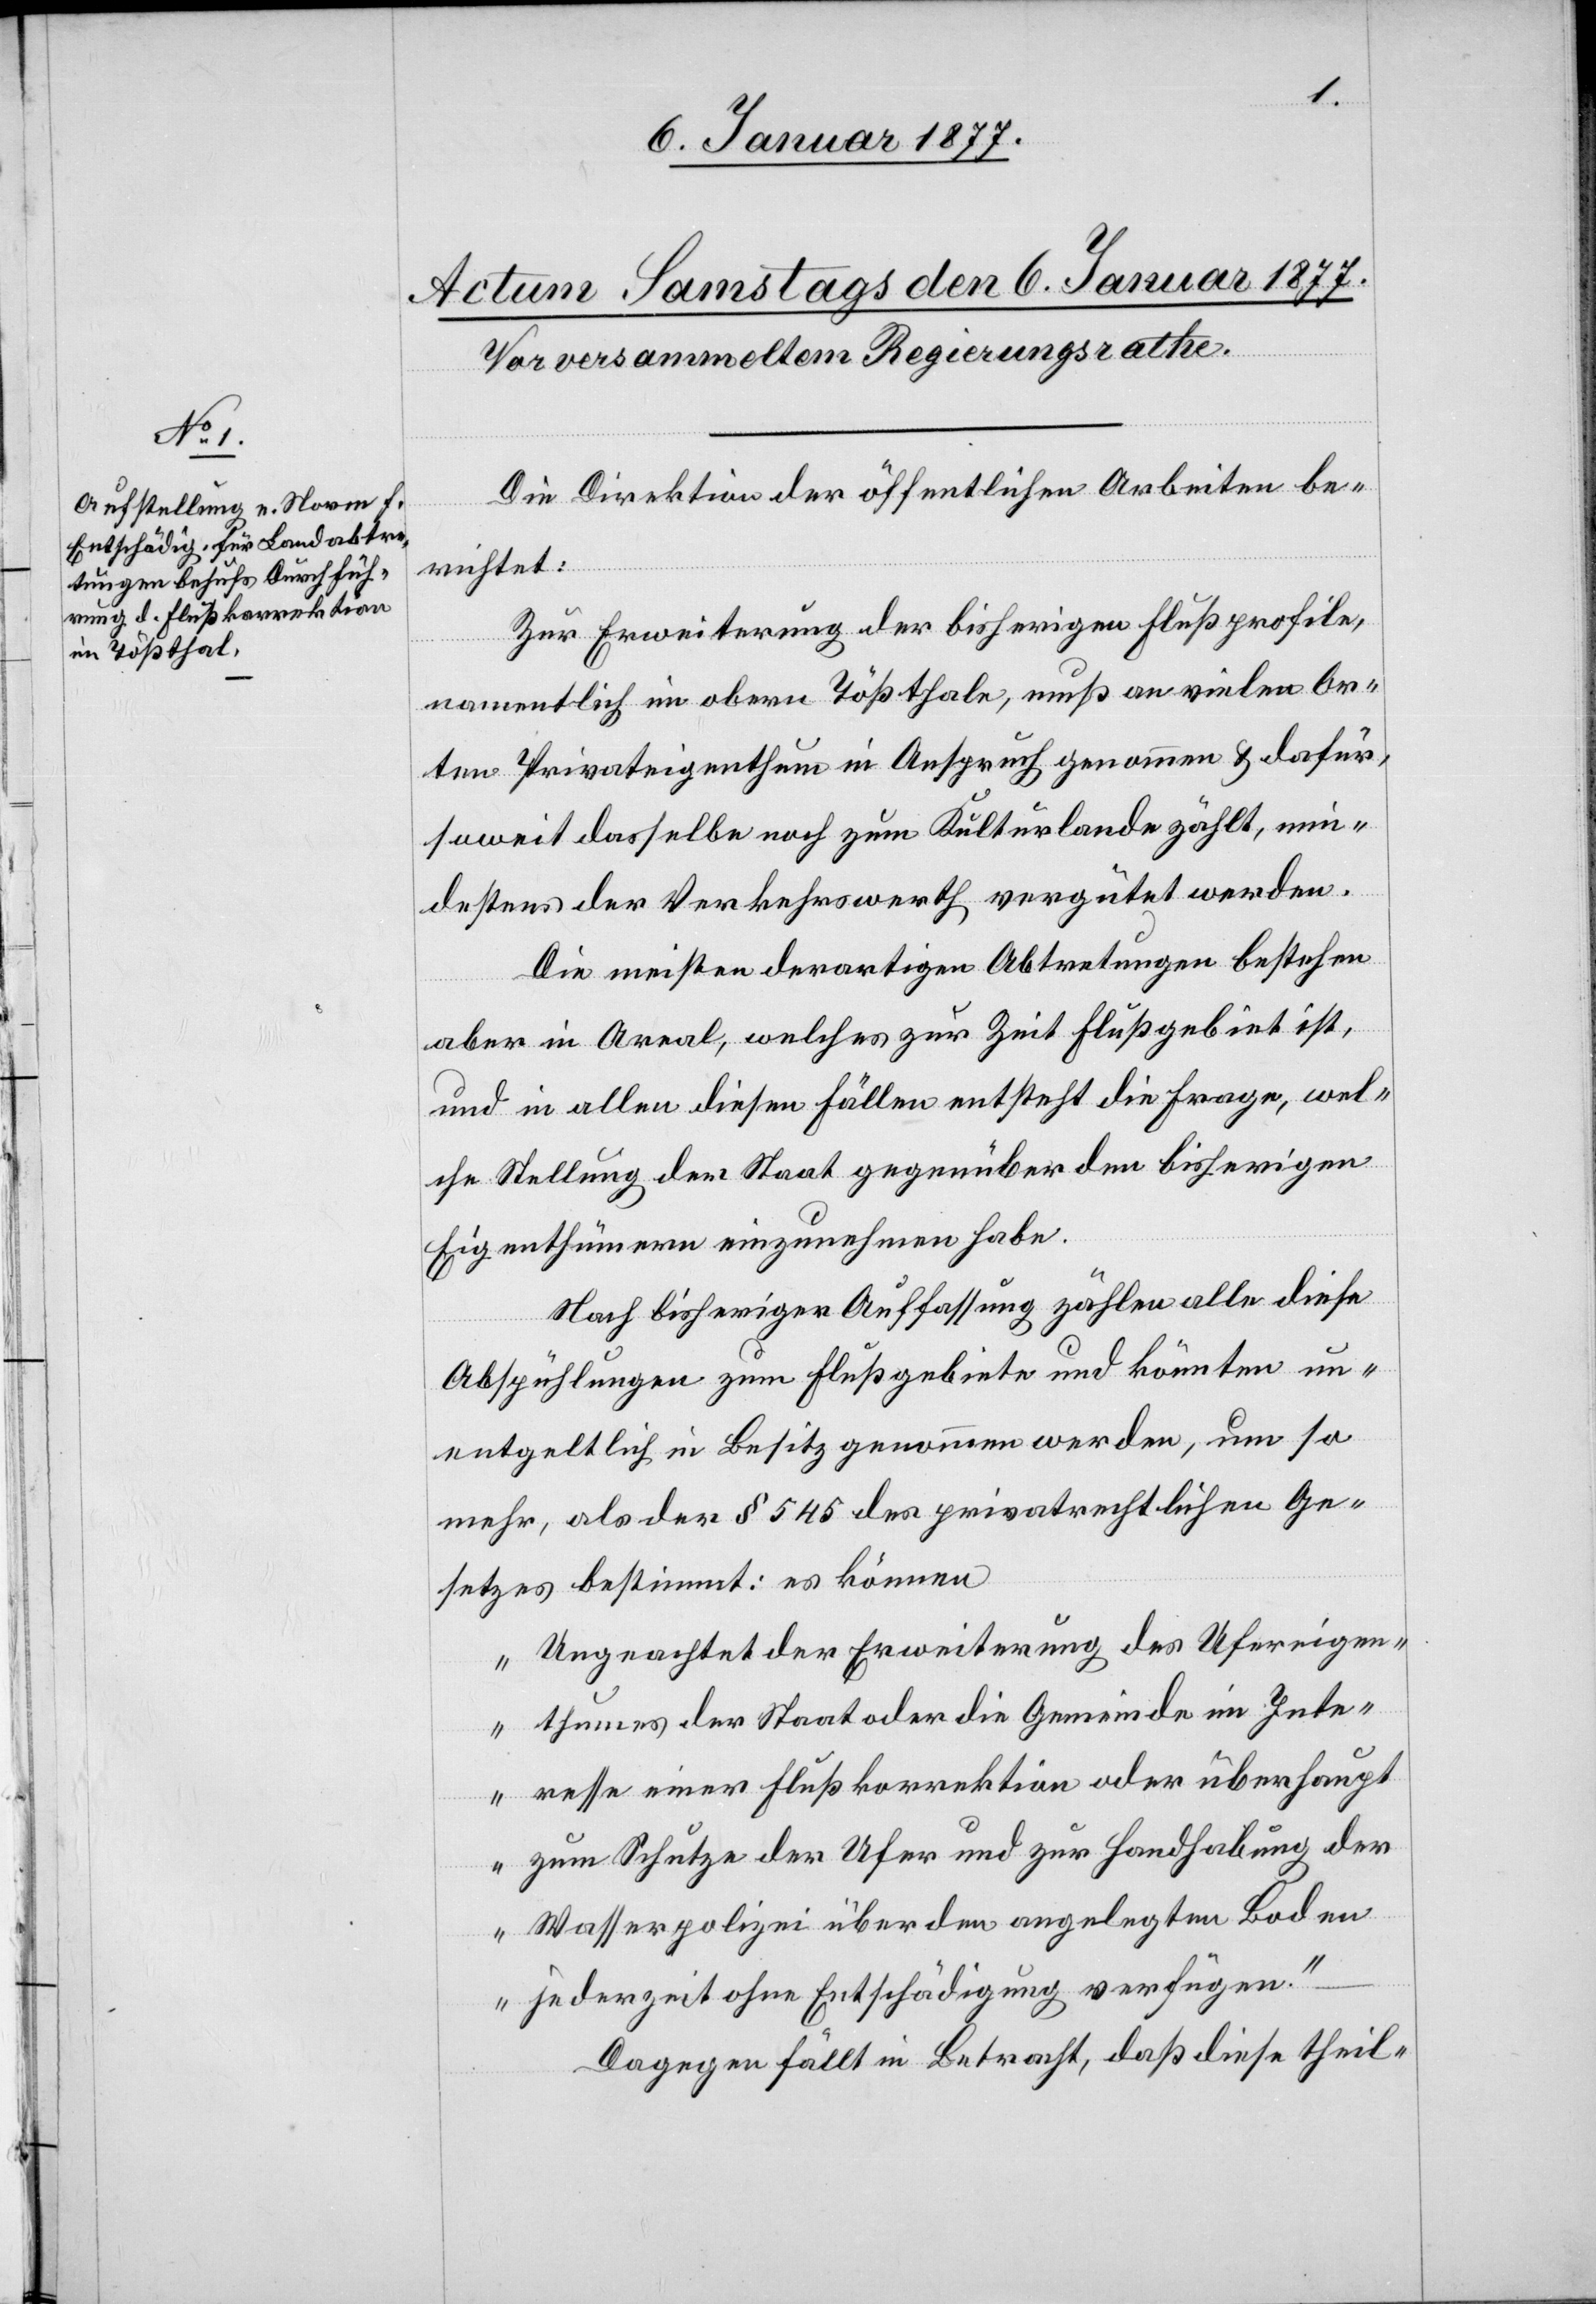
Die Direktion der öffentlichen Arbeiten be¬
richtet:
Zur Erweiterung der bisherigen Flußprofile,
namentlich im obern Tößthale, muß an vielen Or¬
ten Privateigenthum in Anspruch genommen & dafür,
soweit dasselbe noch zum Kulturlande zählt, min¬
destens der Verkehrswerth vergütet werden.
Die meisten derartigen Abtretungen bestehen
aber in Areal, welches zur Zeit Flußgebiet ist,
und in allen diesen Fällen entsteht die Frage, wel¬
che Stellung der Staat gegenüber den bisherigen
Eigenthümern einzunehmen habe.
Nach bisheriger Auffassung zählen alle diese
Abspühlungen zum Flußgebiete und könnten un¬
entgeltlich in Besitz genommen werden, um so
mehr, als der § 545 des privatrechtlichen Ge¬
setzes bestimmt: es können
„Ungeachtet der Erweiterung des Ufereigen¬
thumes der Staat oder die Gemeinde im Inte¬
resse einer Flußkorrektion oder überhaupt
zum Schutze der Ufer und zur Handhabung der
Wasserpolizei über den angelegten Boden
jederzeit ohne Entschädigung verfügen.“
Dagegen fällt in Betracht, daß diese theil-